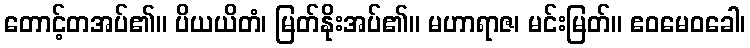
တောင့်တအပ်၏။ ပိယယိတံ၊ မြတ်နိုးအပ်၏။ မဟာရာဇ၊ မင်းမြတ်။ ဧဝမေဝခေါ၊